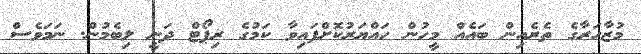
މުޒާހަރާގެ ތެރެއިން ބައެއް މީހުން ހައްޔަރުކޮށްފައިވާ ކަމުގެ ރިޕޯޓް ދަނީ ލިބެމުން. ނަމަވެސް